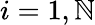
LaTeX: i=1,\mathbb{N}